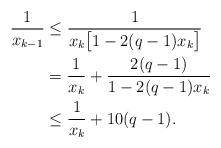
LaTeX: \begin{align*}\frac{1}{x_{k-1}} &\leq \frac{1}{x_{k}\big[1-2(q-1)x_{k}\big]} \\& =\frac{1}{x_{k}}+\frac{2(q-1)}{1-2(q-1)x_{k}} \\&\leq \frac{1}{x_{k}}+10(q-1). \end{align*}